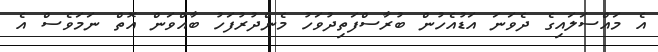
އެ މައްސަލައިގެ ދެވަނަ އަޑުއެހުން ބުރާސްފަތިދުވަހު މެންދުރުފަހު ބާއްވަން އޮތް ނަމަވެސް އެ